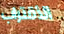
الأقتراب